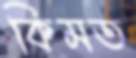
কিমত